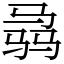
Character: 骉